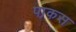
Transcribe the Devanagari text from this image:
पाकस